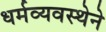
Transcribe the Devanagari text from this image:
धर्मव्यवस्थेने